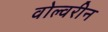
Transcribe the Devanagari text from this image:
वोल्वरीन